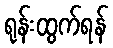
ရုန်းထွက်ရန်